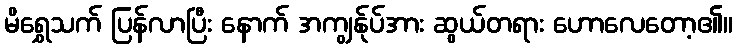
မိရွှေသက် ပြန်လာပြီး နောက် အကျွန်ုပ်အား ဆွယ်တရား ဟောလေတော့၏။